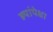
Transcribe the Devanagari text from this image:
ह्यांपेक्षा